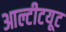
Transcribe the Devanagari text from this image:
आल्टीटयूट